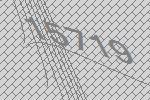
15719